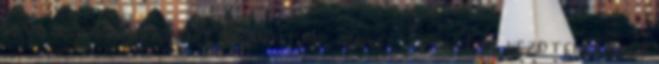
elve alapján ugyanazt bizonyítják, amivel a posztot kezdtem: hogy